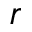
r